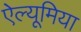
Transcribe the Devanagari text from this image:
ऐल्यूमिया